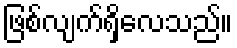
ဖြစ်လျက်ရှိလေသည်။